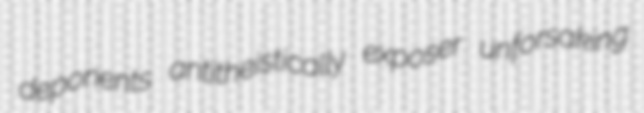
deponents antitheistically exposer unforsaking